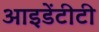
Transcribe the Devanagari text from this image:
आइडेंटीटी